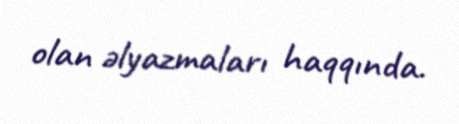
olan əlyazmaları haqqında.